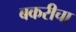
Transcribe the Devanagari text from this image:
बकरीचा